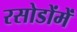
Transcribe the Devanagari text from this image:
रसोडोंमें